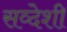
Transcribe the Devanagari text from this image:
सव्देशी